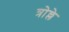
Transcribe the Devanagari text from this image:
त्रोल्ले